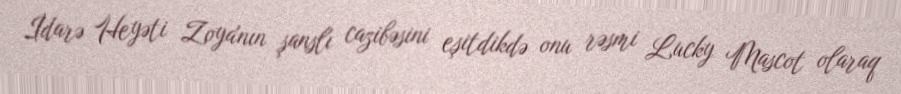
İdarə Heyəti Zoya'nın şanslı cazibəsini eşitdikdə onu rəsmi Lucky Mascot olaraq